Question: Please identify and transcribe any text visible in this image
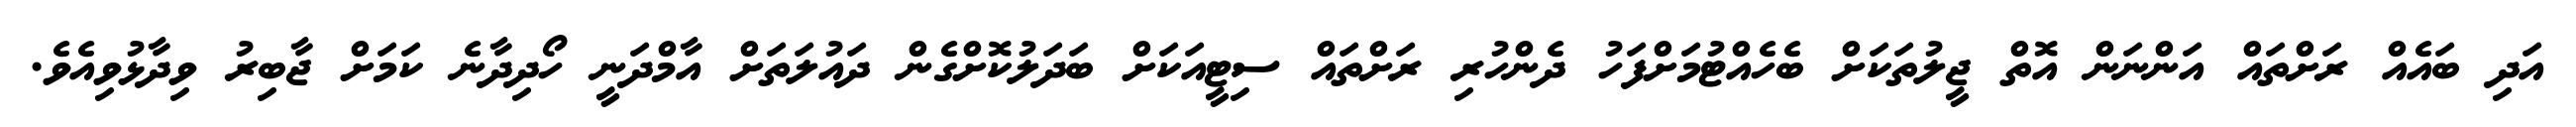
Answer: އަދި ބައެއް ރަށްތައް އަންނަން އޮތް ޖީލުތަކަށް ބެހެއްޓުމަށްފަހު ދެންހުރި ރަށްތައް ސިޓީއަކަށް ބަދަލުކޮށްގެން ދައުލަތަށް އާމްދަނީ ހޯދިދާނެ ކަމަށް ޖާބިރު ވިދާޅުވިއެވެ.